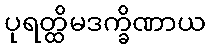
ပုရတ္ထိမဒက္ခိဏာယ